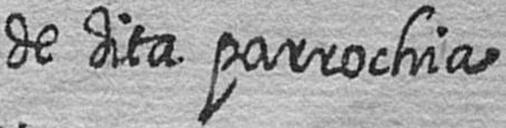
de dita parrochia